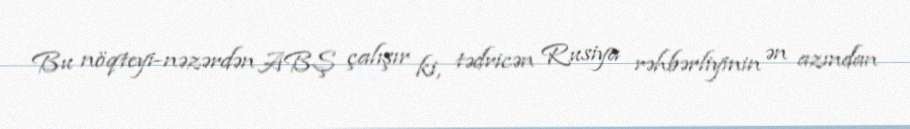
Bu nöqteyi-nəzərdən ABŞ çalışır ki, tədricən Rusiya rəhbərliyinin ən azından